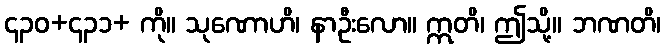
၄၃၀+၄၃၁+ ကို။ သုဏောဟိ၊ နာဦးလော။ ဣတိ၊ ဤသို့။ ဘဏတိ၊